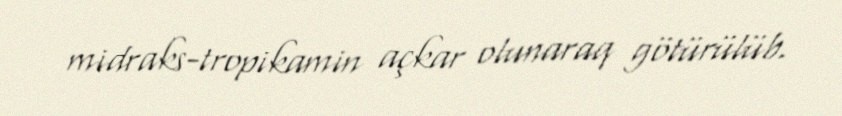
midraks-tropikamin açkar olunaraq götürülüb.